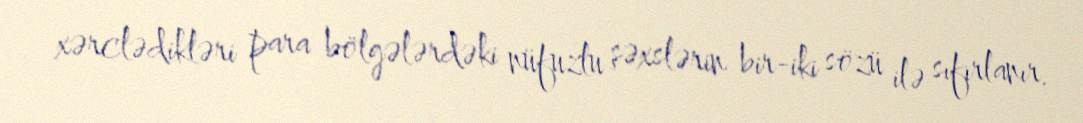
xərclədikləri para bölgələrdəki nüfuzlu şəxslərin bir-iki sözü ilə sıfırlanır.